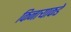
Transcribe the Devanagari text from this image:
किनार्‍याकडे